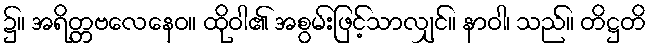
၌။ အရိတ္တဗလေနေဝ။ ထိုဝါ၏ အစွမ်းဖြင့်သာလျှင်။ နာဝါ၊ သည်။ တိဋ္ဌတိ